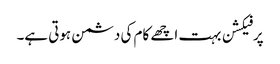
پرفیکشن بہت اچھے کام کی دشمن ہوتی ہے۔